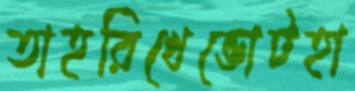
তাহরিখেভোটহা